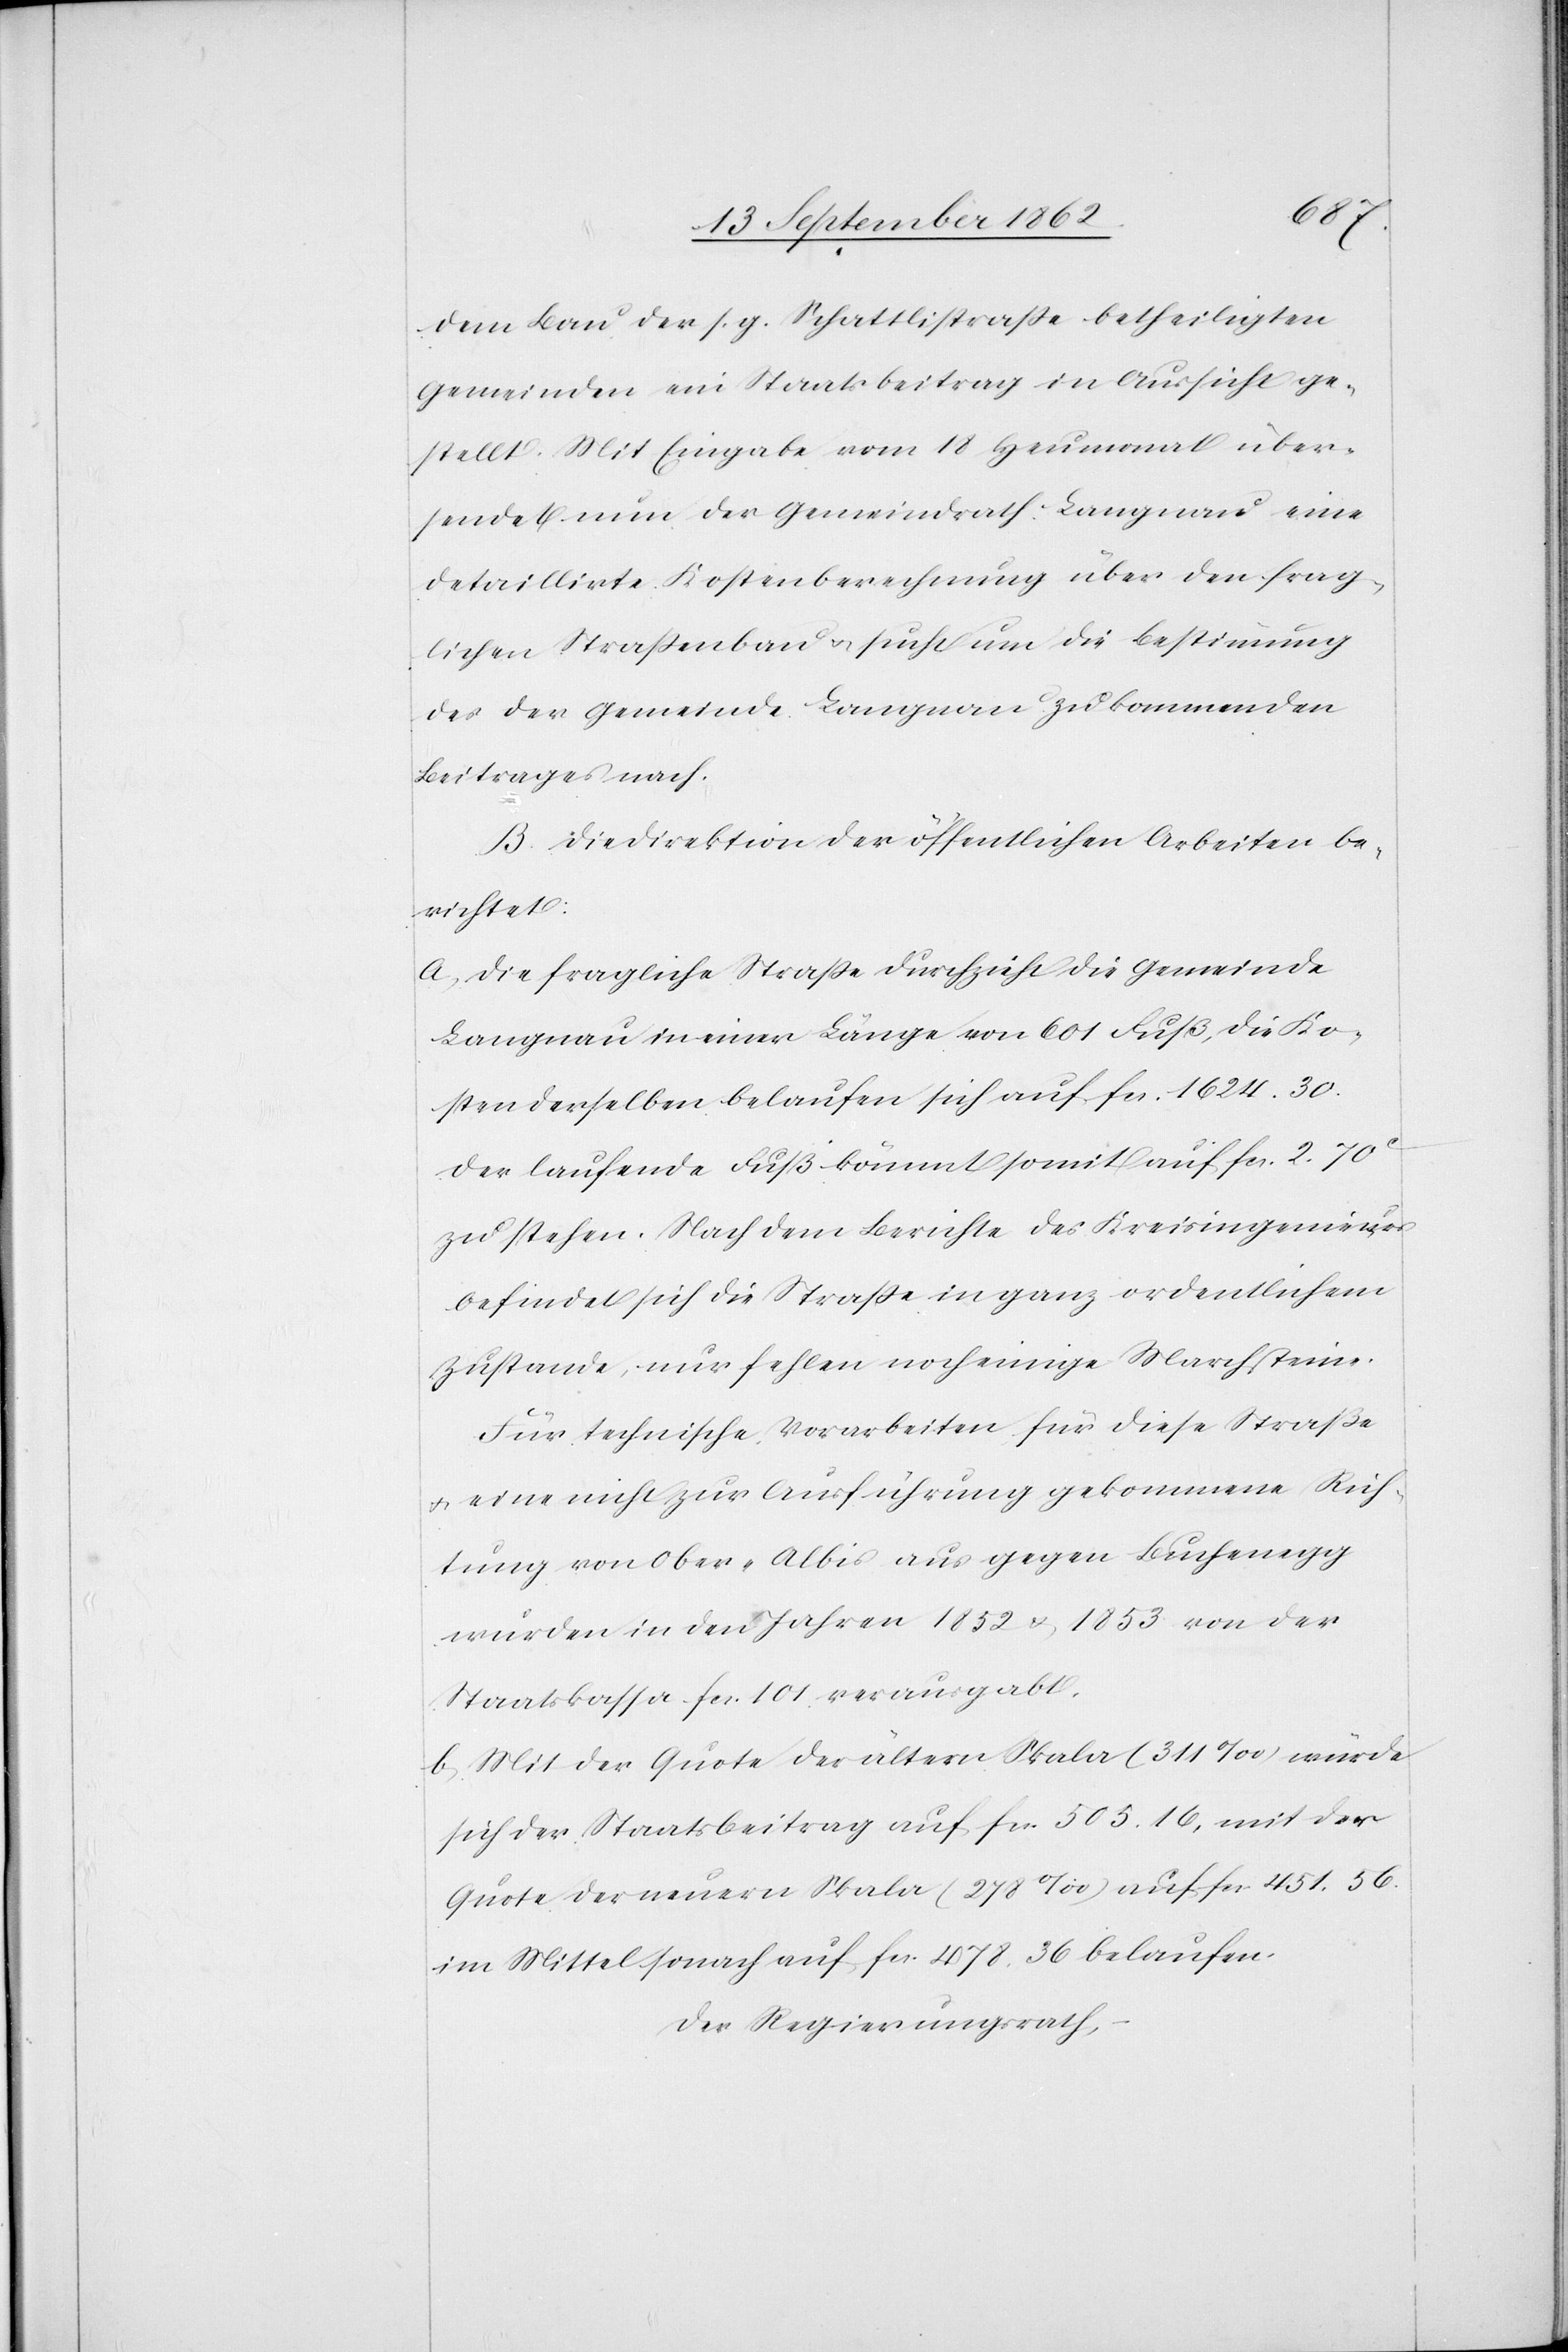
dem Bau der s. g. Schattlistraße betheiligten
Gemeinden ein Staatsbeitrag in Aussicht ge¬
stellt. Mit Eingabe vom 18. Heumonat über¬
sendet nun der Gemeindrath Langnau eine
detallirte Kostenberechnung über den frag¬
lichen Straßenbau u. sucht um die Bestimmung
des der Gemeinde Langnau zu kommenden
Beitrages nach.
B. Die Direktion der öffentlichen Arbeiten be¬
richtet:
a. Die fragliche Straße durchzieht die Gemeinde
Langnau in einer Länge von 601 Fuß, die Ko¬
sten derselben belaufen sich auf fcs. 1624. 30.
Der laufende Fuß kömmt somit auf fcs. 2. 70c
zu stehen. Nach dem Berichte des Kreisingenieurs
befindet sich die Straße in ganz ordentlichem
Zustande, nur fehlen noch einige Marchsteine.
Für technische Vorarbeiten für diese Straße
u. eine nicht zur Ausführung gekommene Rich¬
tung von Ober-Albis aus gegen Buchenegg
wurde in den Jahren 1852 u. 1853 von der
Staatskassa fcs. 101 verausgabt.
b. Mit der Quote der ältern Skala (311‰) würde
sich der Staatsbeitrag auf fcs. 505. 16, mit der
Quote der neuern Skala (278‰) auf fcs. 451. 53
im Mittel sonach auf fcs. 478. 36 belaufen.
Der Regierungsrath,